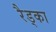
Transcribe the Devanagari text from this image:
रैड्का